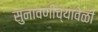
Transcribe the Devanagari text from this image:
सुनावणीच्यावेळी